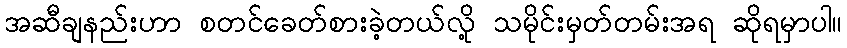
အဆီချနည်းဟာ စတင်ခေတ်စားခဲ့တယ်လို့ သမိုင်းမှတ်တမ်းအရ ဆိုရမှာပါ။